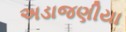
અડાજણીયા